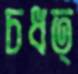
চধত্